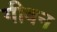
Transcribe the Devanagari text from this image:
गीवन